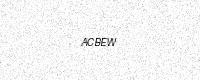
Text: ACBEW